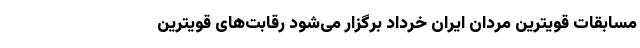
مسابقات قویترین مردان ایران خرداد برگزار می‌شود رقابت‌های قویترین